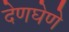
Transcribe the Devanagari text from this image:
देणघेणे